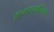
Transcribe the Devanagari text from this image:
आत्मख्यातिवाद